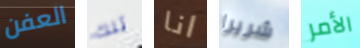
العفن تلك انا شريرا الأمر